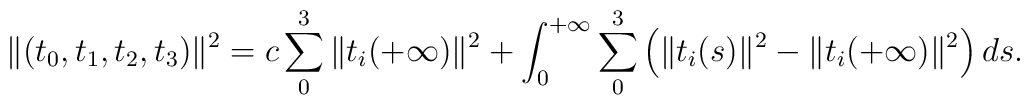
\|(t_0,t_1,t_2,t_3)\|^2=c\sum_0^3\|t_i(+\infty)\|^2+\int_0^{+\infty}\sum_0^3\left(\|t_i(s)\|^2-\|t_i(+\infty)\|^2\right)ds.